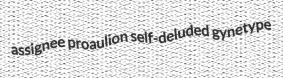
assignee proaulion self-deluded gynetype